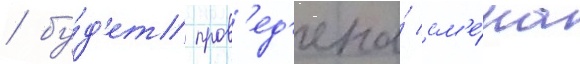
/ бу́д'ет пров'ед'ена́ см'е́на